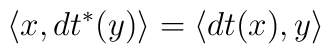
\langle x, dt^*(y) \rangle = \langle dt(x) , y \rangle